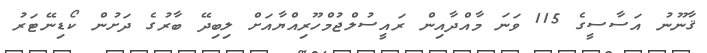
ޤާނޫނު އަސާސީގެ 115 ވަނަ މާއްދާއިން ރައީސުލްޖުމްހޫރިއްޔާއަށް ލިބިދޭ ބާރުގެ ދަށުން ކޯޑިނޭޓަރު